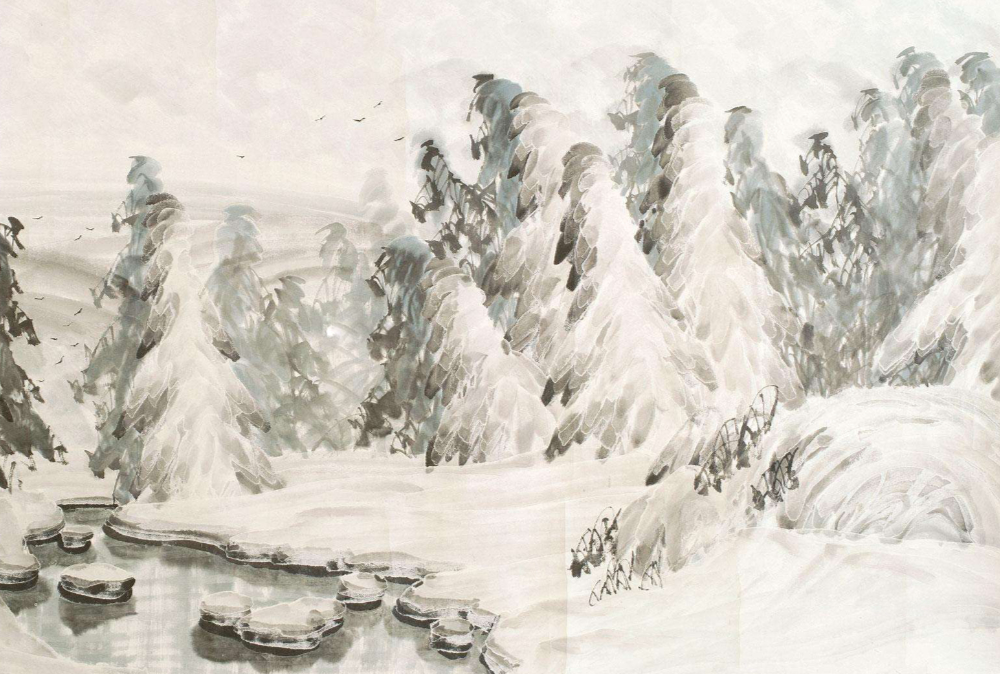
燕塞雪，片片大如拳。